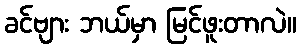
ခင်ဗျား ဘယ်မှာ မြင်ဖူးတာလဲ။